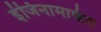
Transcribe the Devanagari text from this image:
इंजिनामार्फत